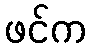
ဖင်က